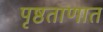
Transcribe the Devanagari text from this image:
पृष्ठताणात